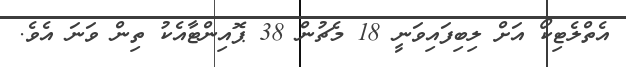
އެތްލެޓިކޯ އަށް ލިބިފައިވަނީ 18 މެޗުން 38 ޕޮއިންޓާއެކު ތިން ވަނަ އެވެ.